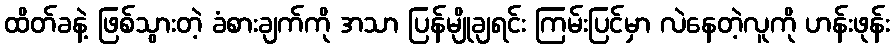
ထိတ်ခနဲ့ ဖြစ်သွားတဲ့ ခံစားချက်ကို အသာ ပြန်မျိုချရင်း ကြမ်းပြင်မှာ လဲနေတဲ့လူကို ဟန်းဖုန်း